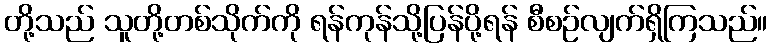
တို့သည် သူတို့တစ်သိုက်ကို ရန်ကုန်သို့ပြန်ပို့ရန် စီစဉ်လျက်ရှိကြသည်။